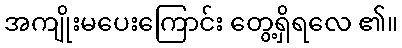
အကျိုးမပေးကြောင်း တွေ့ရှိရလေ ၏။